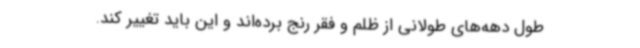
طول دهه‌های طولانی از ظلم و فقر رنج برده‌اند و این باید تغییر کند.